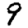
Digit: 9